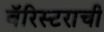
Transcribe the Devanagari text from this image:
बॅरिस्टराची